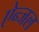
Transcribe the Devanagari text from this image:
ऐन्जल